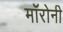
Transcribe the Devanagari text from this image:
मॉरोनी